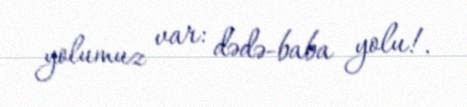
yolumuz var: dədə-baba yolu!.